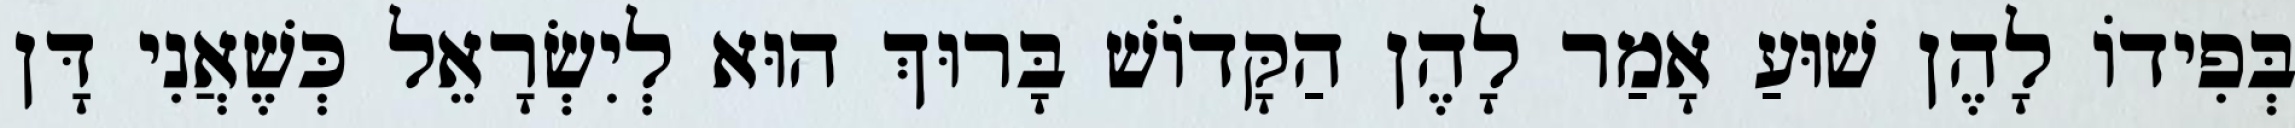
בְּפִידוֹ לָהֶן שׁוּעַ אָמַר לָהֶן הַקָּדוֹשׁ בָּרוּךְ הוּא לְיִשְׂרָאֵל כְּשֶׁאֲנִי דָּן